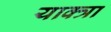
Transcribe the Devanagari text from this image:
याक्त्रा